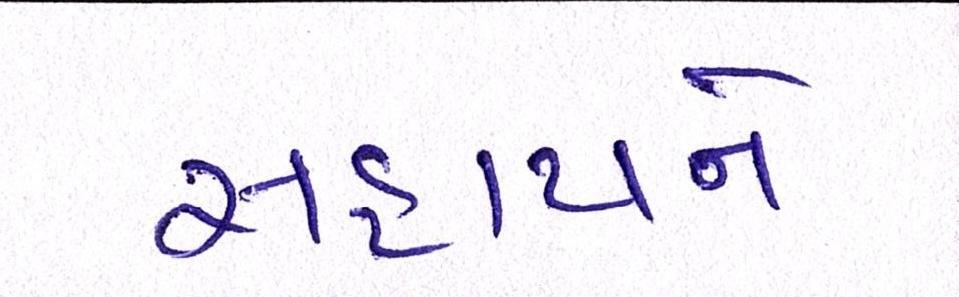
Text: સહાયને